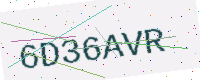
Text: 6D36AVR